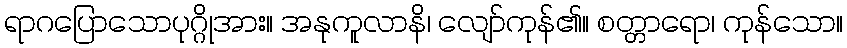
ရာဂပြောသောပုဂ္ဂိုအား။ အနုကူလာနိ၊ လျော်ကုန်၏။ စတ္တာရော၊ ကုန်သော။